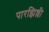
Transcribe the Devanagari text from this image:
पारझिल्ली